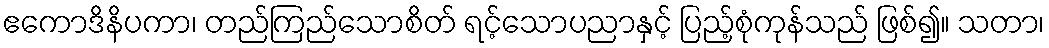
ဧကောဒိနိပကာ၊ တည်ကြည်သောစိတ် ရင့်သောပညာနှင့် ပြည့်စုံကုန်သည် ဖြစ်၍။ သတာ၊